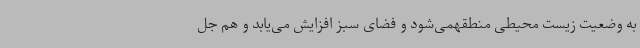
به وضعیت زیست محیطی منطقهمی‌شود و فضای سبز افزایش می‌یابد و هم جل